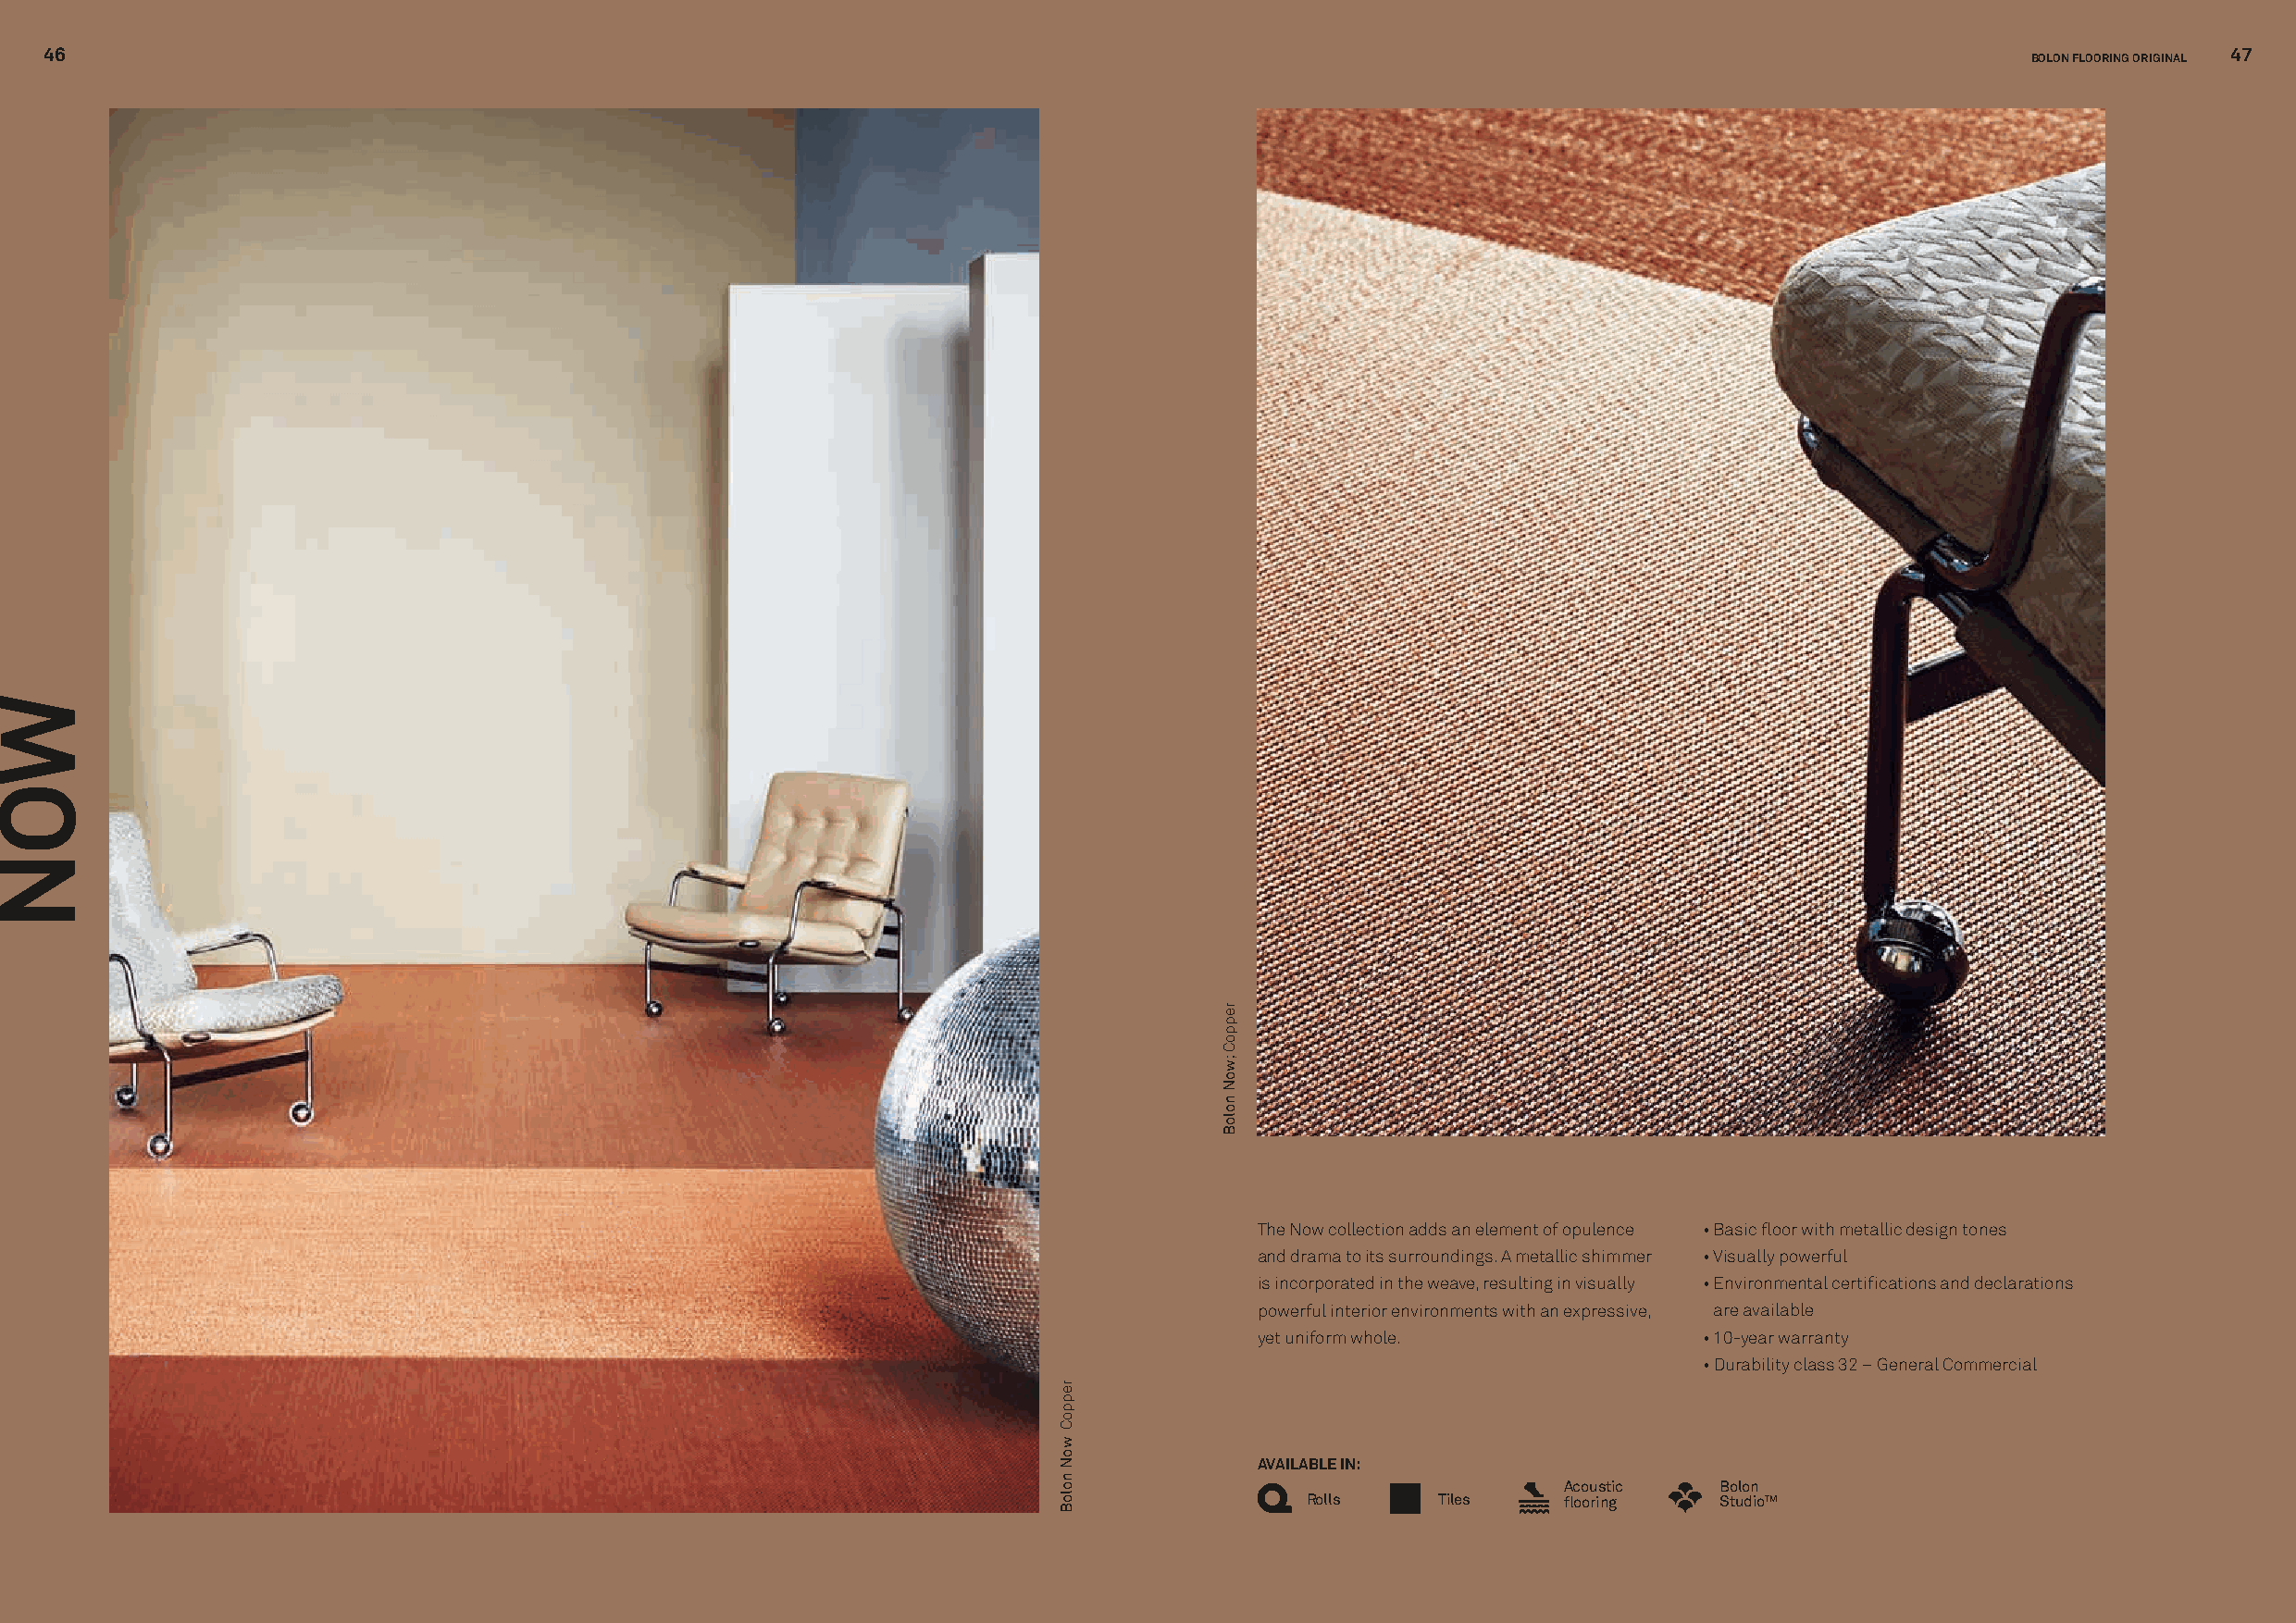
46                                                                                                                                                           47
 BOLON FLOORING ORIGINAL
 The Now collection adds an element of opulence • Basic floor with metallic design tones
 and drama to its surroundings. A metallic shimmer • Visually powerful
 is incorporated in the weave, resulting in visually • Environmental certifications and declarations
 powerful interior environments with an expressive, are available
 yet uniform whole.              • 10-year warranty
 • Durability class 32 – General Commercial
 AVAILABLE IN:
 Acoustic   Bolon
 Rolls     Tiles    flooring   StudioTM
 WON
 reppoC
 woN
 noloB
 reppoC
 ;woN
 noloB